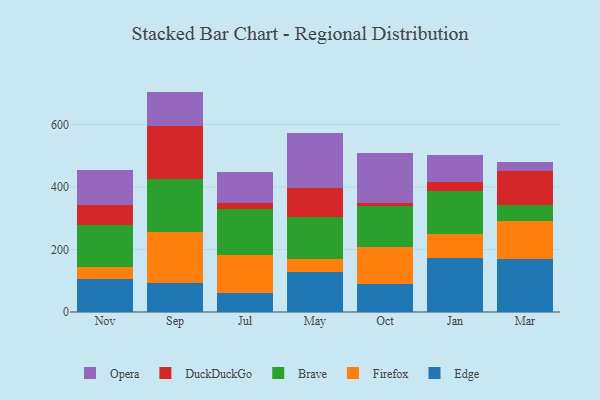
{"axis": {"x": "Month", "y": "Website Visitors"}, "legend": ["Brave", "DuckDuckGo", "Edge", "Firefox", "Opera"], "data": [{"x": "Nov", "y": 104.5, "type": "Edge"}, {"x": "Nov", "y": 38.4, "type": "Firefox"}, {"x": "Nov", "y": 135.0, "type": "Brave"}, {"x": "Nov", "y": 65.3, "type": "DuckDuckGo"}, {"x": "Nov", "y": 111.0, "type": "Opera"}, {"x": "Sep", "y": 92.2, "type": "Edge"}, {"x": "Sep", "y": 164.0, "type": "Firefox"}, {"x": "Sep", "y": 168.9, "type": "Brave"}, {"x": "Sep", "y": 170.8, "type": "DuckDuckGo"}, {"x": "Sep", "y": 109.3, "type": "Opera"}, {"x": "Jul", "y": 62.3, "type": "Edge"}, {"x": "Jul", "y": 121.5, "type": "Firefox"}, {"x": "Jul", "y": 144.4, "type": "Brave"}, {"x": "Jul", "y": 20.7, "type": "DuckDuckGo"}, {"x": "Jul", "y": 100.0, "type": "Opera"}, {"x": "May", "y": 128.3, "type": "Edge"}, {"x": "May", "y": 42.1, "type": "Firefox"}, {"x": "May", "y": 133.6, "type": "Brave"}, {"x": "May", "y": 91.8, "type": "DuckDuckGo"}, {"x": "May", "y": 178.2, "type": "Opera"}, {"x": "Oct", "y": 89.9, "type": "Edge"}, {"x": "Oct", "y": 119.6, "type": "Firefox"}, {"x": "Oct", "y": 131.2, "type": "Brave"}, {"x": "Oct", "y": 7.7, "type": "DuckDuckGo"}, {"x": "Oct", "y": 161.3, "type": "Opera"}, {"x": "Jan", "y": 173.9, "type": "Edge"}, {"x": "Jan", "y": 75.3, "type": "Firefox"}, {"x": "Jan", "y": 138.1, "type": "Brave"}, {"x": "Jan", "y": 27.3, "type": "DuckDuckGo"}, {"x": "Jan", "y": 89.0, "type": "Opera"}, {"x": "Mar", "y": 168.1, "type": "Edge"}, {"x": "Mar", "y": 122.6, "type": "Firefox"}, {"x": "Mar", "y": 53.1, "type": "Brave"}, {"x": "Mar", "y": 108.7, "type": "DuckDuckGo"}, {"x": "Mar", "y": 28.5, "type": "Opera"}]}